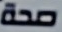
صحة